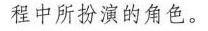
程中所扮演的角色。